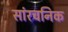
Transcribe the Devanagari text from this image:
सांरचनिक